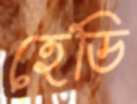
হেডি